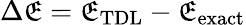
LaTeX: \Delta\mathfrak{E}=\mathfrak{E}_{\mathrm{{TDL}}}-\mathfrak{E}_{\mathrm{{exact}}}